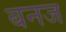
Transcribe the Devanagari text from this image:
बनज